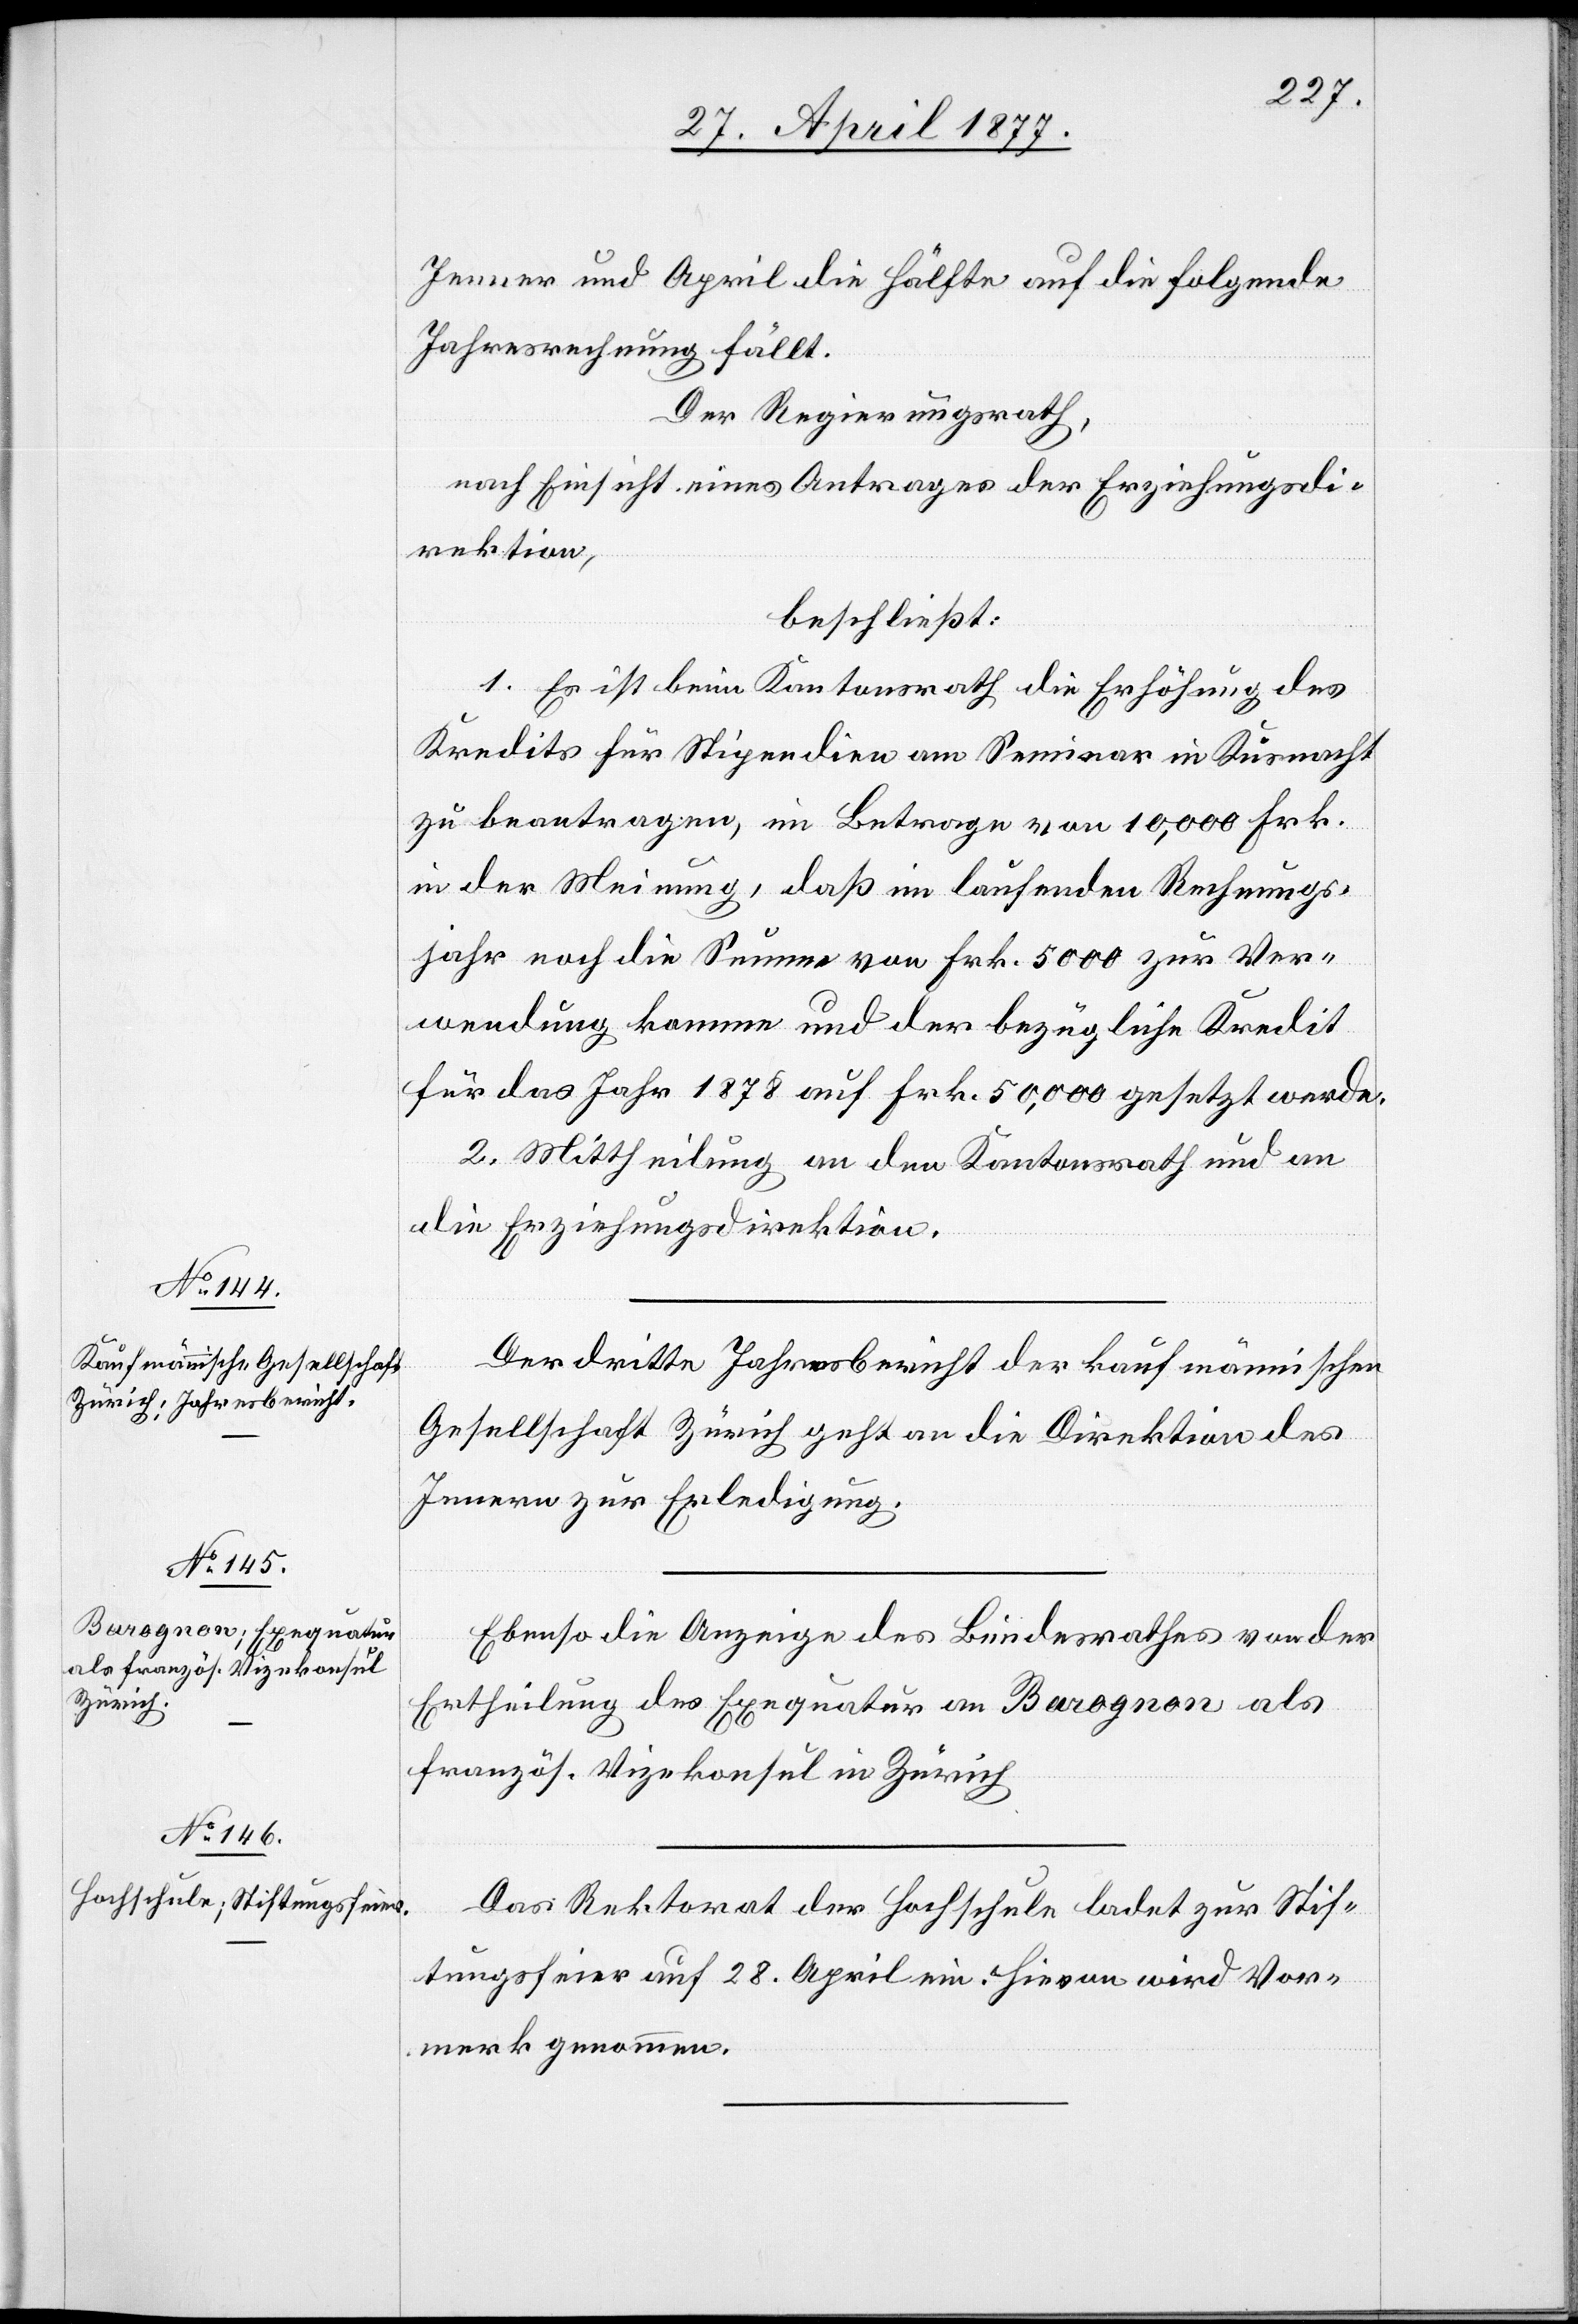
Jenner und April die Hälfte auf die folgende
Jahresrechnung fällt.
Der Regierungsrath,
nach Einsicht eines Antrages der Erziehungsdi¬
rektion,
beschließt:
1. Es ist beim Kantonsrath die Erhöhung des
Kredits für Stipendien am Seminar in Küsnacht
zu beantragen, im Betrage von 10,000 Frk.
in der Meinung, daß im laufenden Rechnungs¬
jahr noch die Summe von Frk. 5000 zur Ver¬
wendung komme und der bezügliche Kredit
für das Jahr 1878 auf Frk. 50,000 gesetzt werde.
2. Mittheilung an den Kantonsrath und an
die Erziehungsdirektion.
Der dritte Jahresbericht der kaufmännischen
Gesellschaft Zürich geht an die Direktion des
Innern zur Erledigung.
Ebenso die Anzeige des Bundesrathes von der
Ertheilung des Exequatur an Barognon als
französ. Vizekonsul in Zürich.
Das Rektorat der Hochschule ladet zur Stif¬
tungsfeier auf 28. April ein. Hievon wird Vor¬
merk genommen.